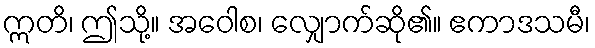
ဣတိ၊ ဤသို့။ အဝေါစ၊ လျှောက်ဆို၏။ ဧကာဒသမီ၊